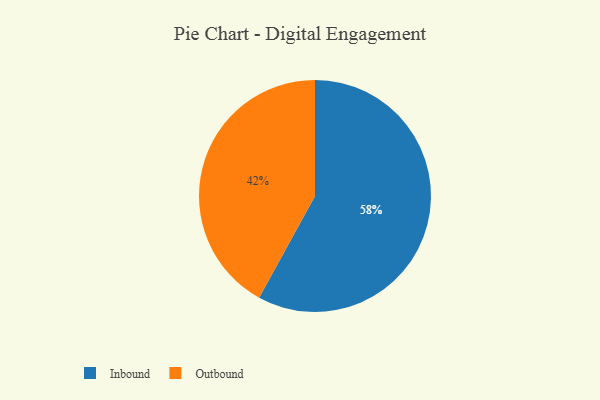
{"axis": {"x": "Category", "y": "Percentage"}, "legend": ["Inbound", "Outbound"], "data": [{"x": "Outbound", "y": 42, "type": "Outbound"}, {"x": "Inbound", "y": 58, "type": "Inbound"}]}